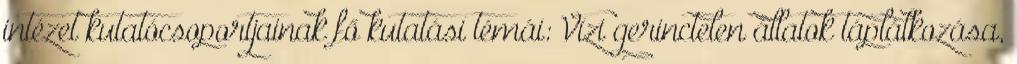
intézet kutatócsoportjainak fő kutatási témái: Vízi gerinctelen állatok táplálkozása,